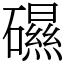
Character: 礘